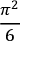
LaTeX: \frac { \pi ^ { 2 } } { 6 }